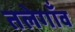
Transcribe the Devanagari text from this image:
तलेगाँव